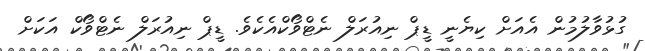
ގުޅުވާލުމުން އެއަށް ކިޔެނީ ޑީޕް ނިއުރަލް ނެޓްވޯކްއެކެވެ. ޑީޕް ނިއުރަލް ނެޓްވޯކް އަކަށް